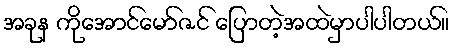
အခုန ကိုအောင်မော်ဇင် ပြောတဲ့အထဲမှာပါပါတယ်။